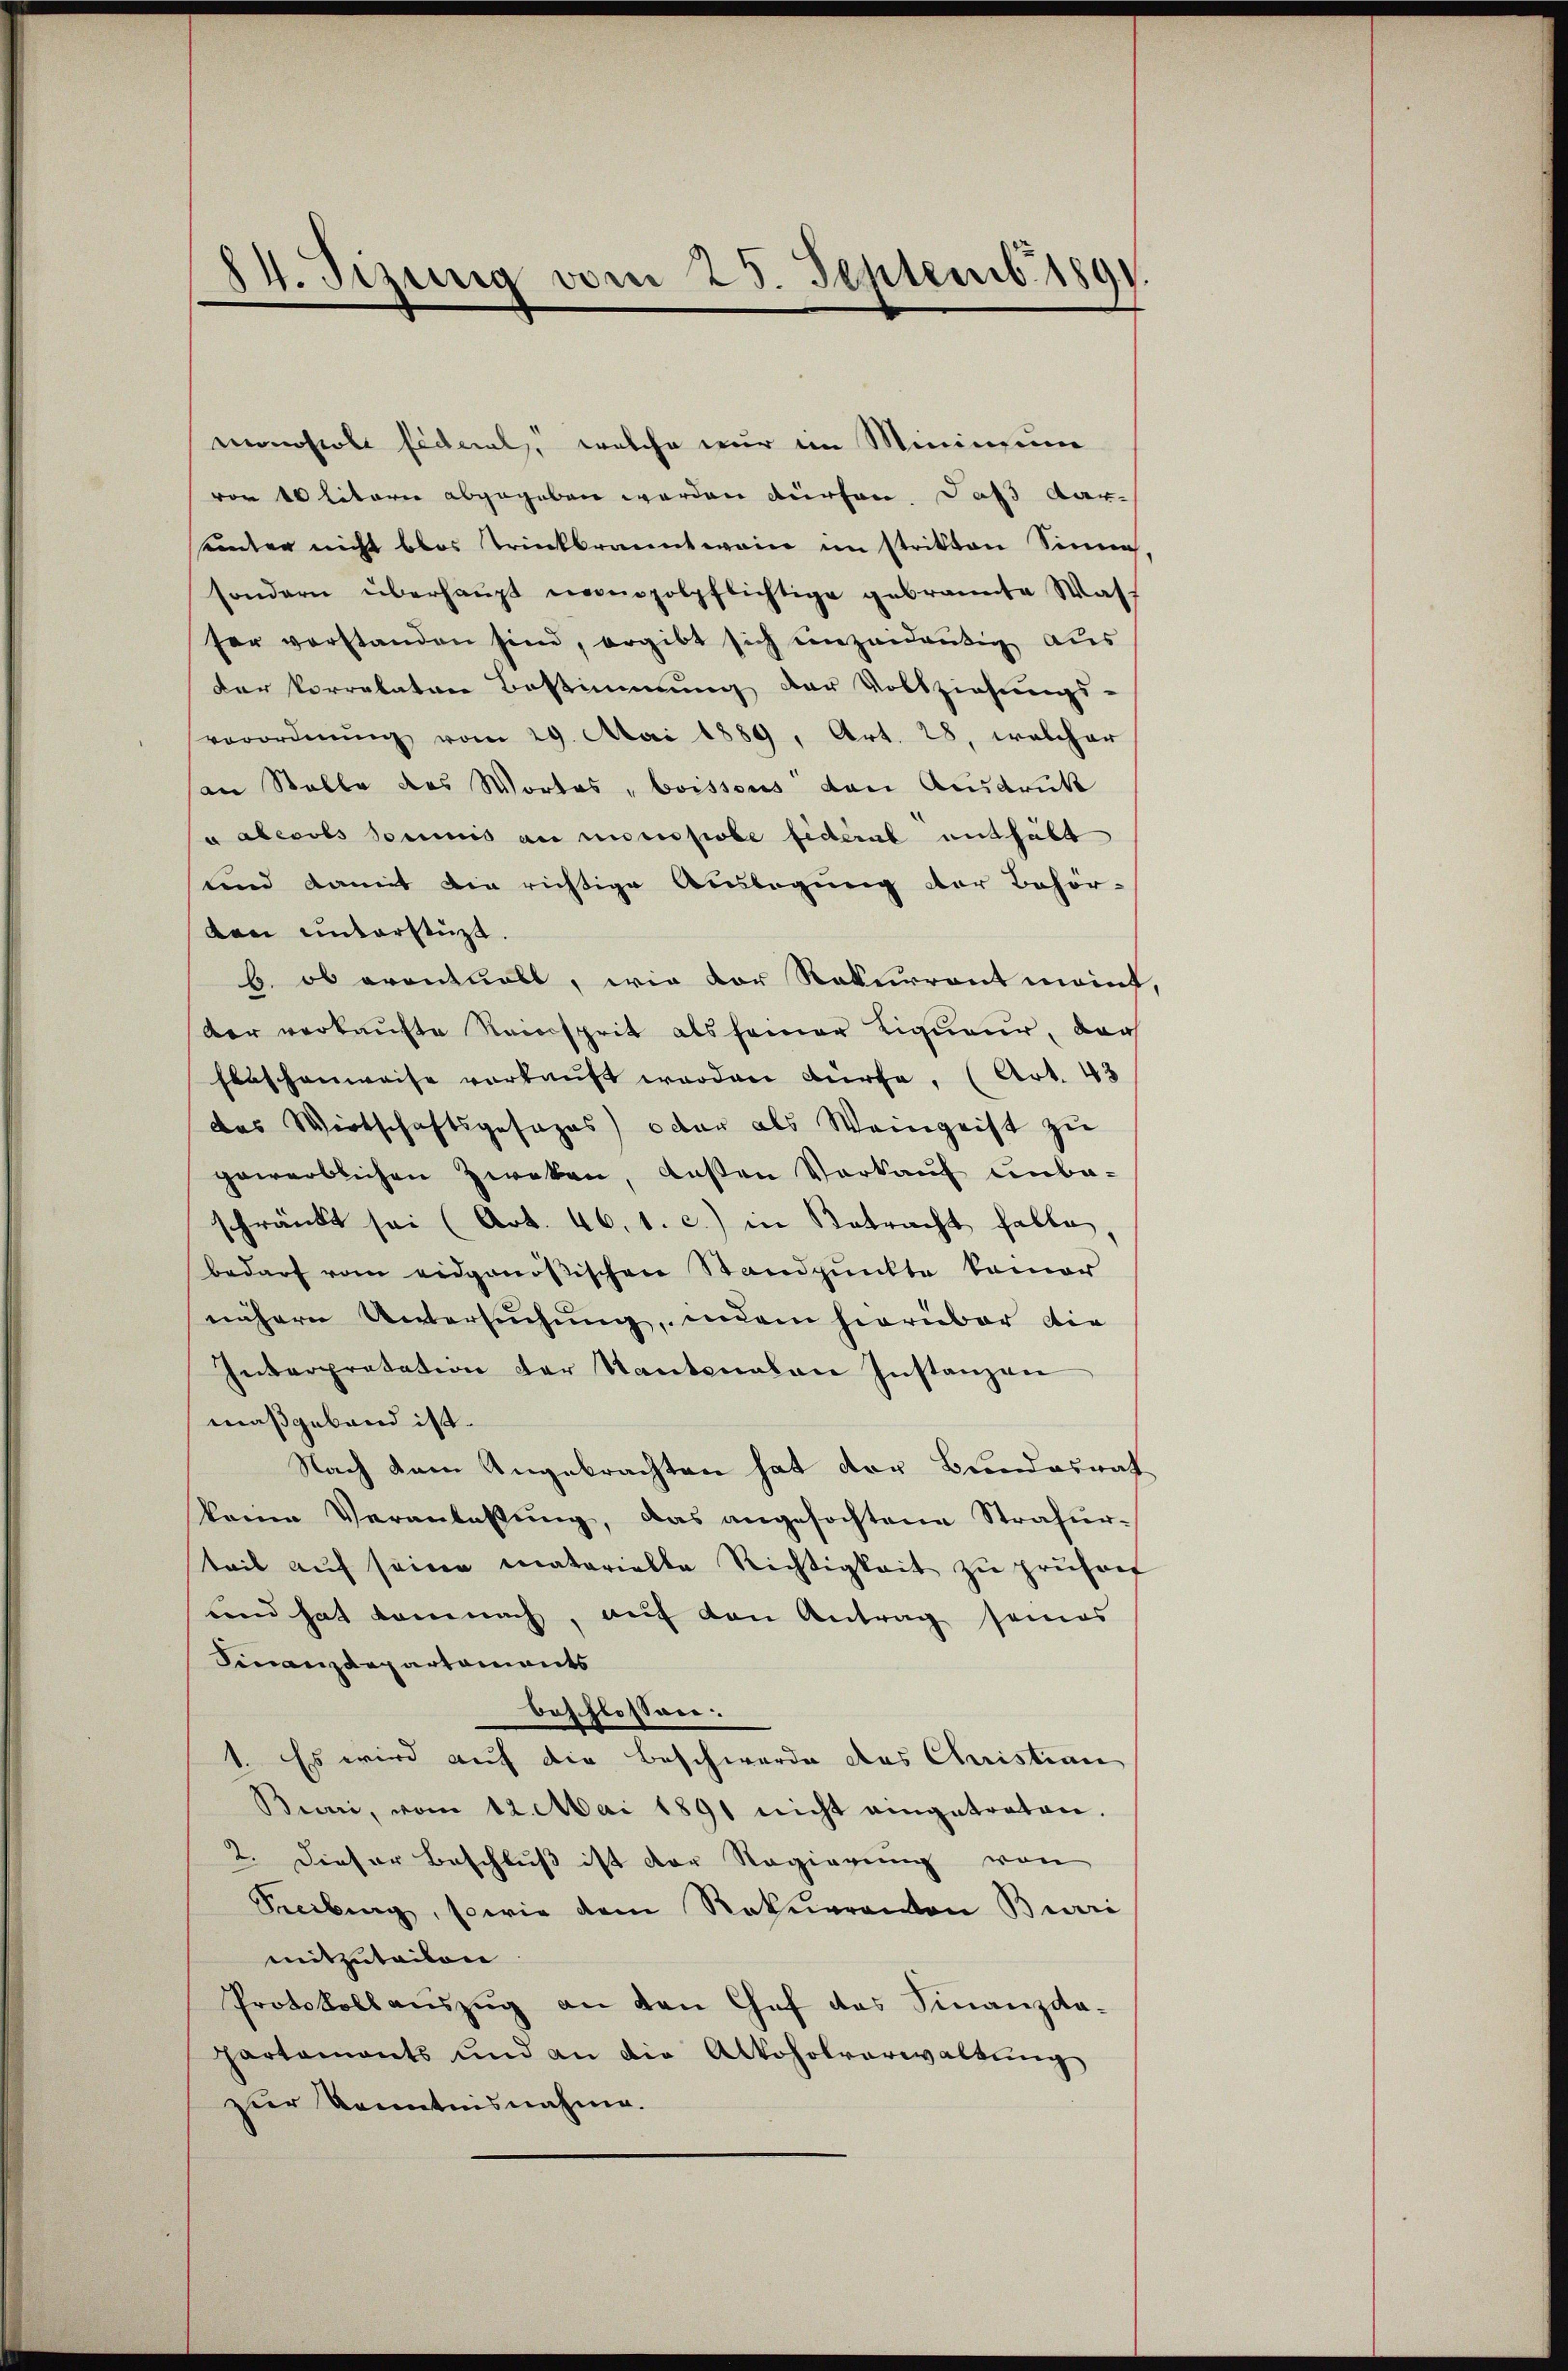
84. Sizung vom 25. Septemb. 1891.

monoscole fideal, welche nur im Minimum
von 10 litarie abgegeben werden dürfen, daß Aar-
einter nicht blos trinkbranntweine im strikten Sinne
sondern überhaupt nonopolpflichtige gebrannte Waff
ser vorstanden sind, ergibt sich einzeidrütig aus
der Vorrelatine Bestimmung der Vollziehungs-
verordnŭng vom 29. Mai 1889, Art. 28, welcher
an Stelle des Wortes, boissous den Ausdruck
u aberols soumis an missobe fideral enthält
und damit die richtige Auslegung der Behör-
Lan unterstüzt.
b. ob eventuell, wie der Rekurrent meint,
der verkaufte Reinsprit als seiner Liqueue, der
flaschenweise verkaŭft worden dürfe. (Art. 43
das Wirtschaftsgesages) oder als Weingeist zu
gewerblichen Zweken, deßen Vorkauf unbeschränkt sei (Art. 46. 1. c.) in Betracht halte
bedarf vom eidgenößischen Standpunkte keiner
nähern Untersuchung, indem hierüber die
Interpretation der Stantonalen Instanzen
maßgeband ist.
Nach dem Angebrachten hat der Bundesrat
keine Veranlassung, das angefochtene Strafurteil aŭf seinen materialte Richtigkeit zu prühret
und hat demnach, auf den Antrag seines
Finanzdepartements
beschlossen:
1. Es wird auf die Beschwerde das Christian
Burri, vom 12. Mai 1891 nicht eingetraten.
2. Dieser Beschluß ist der Regierung von
Secibung, sowie dem Rekurranton Beri
mitzutailen
Protokollaŭszŭg an den Chef des Finanzda-
partaments und an die Alkoholverwaltung
zur Kenntnisnahme.